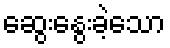
ဆွေးနွေးခဲ့သော